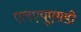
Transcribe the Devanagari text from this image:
एलएयूएसडी